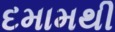
દમામથી